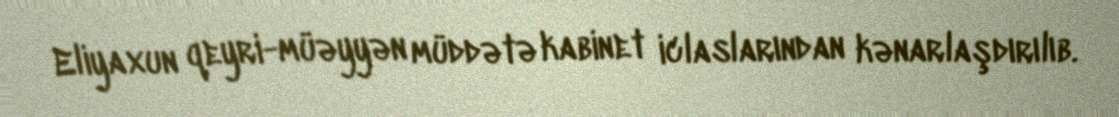
Eliyaxun qeyri-müəyyən müddətə kabinet iclaslarından kənarlaşdırılıb.